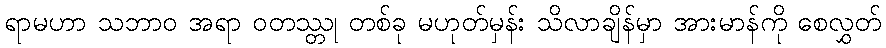
ရာမဟာ သဘာဝ အရာ ဝတဿ္တု တစ်ခု မဟုတ်မှန်း သိလာချိန်မှာ အားမာန်ကို စေလွှတ်